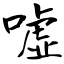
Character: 嘘